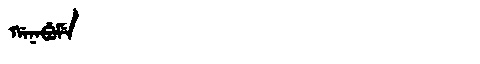
Manchu: ᡤᠠᠨᠠᠪᡠᠮᡝ
Romanization: GANABUME